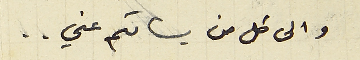
والى كل من يسالكم عني ..